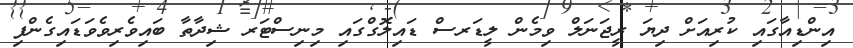
އިންޑިއާގައި ކުރިއަށް ދިޔަ ރީޖަނަލް ވިމެން ލީޑަރސް ޑައިލޮގްގައި މިނިސްޓަރ ޝިދާތާ ބައިވެރިވެވަޑައިގެންފި